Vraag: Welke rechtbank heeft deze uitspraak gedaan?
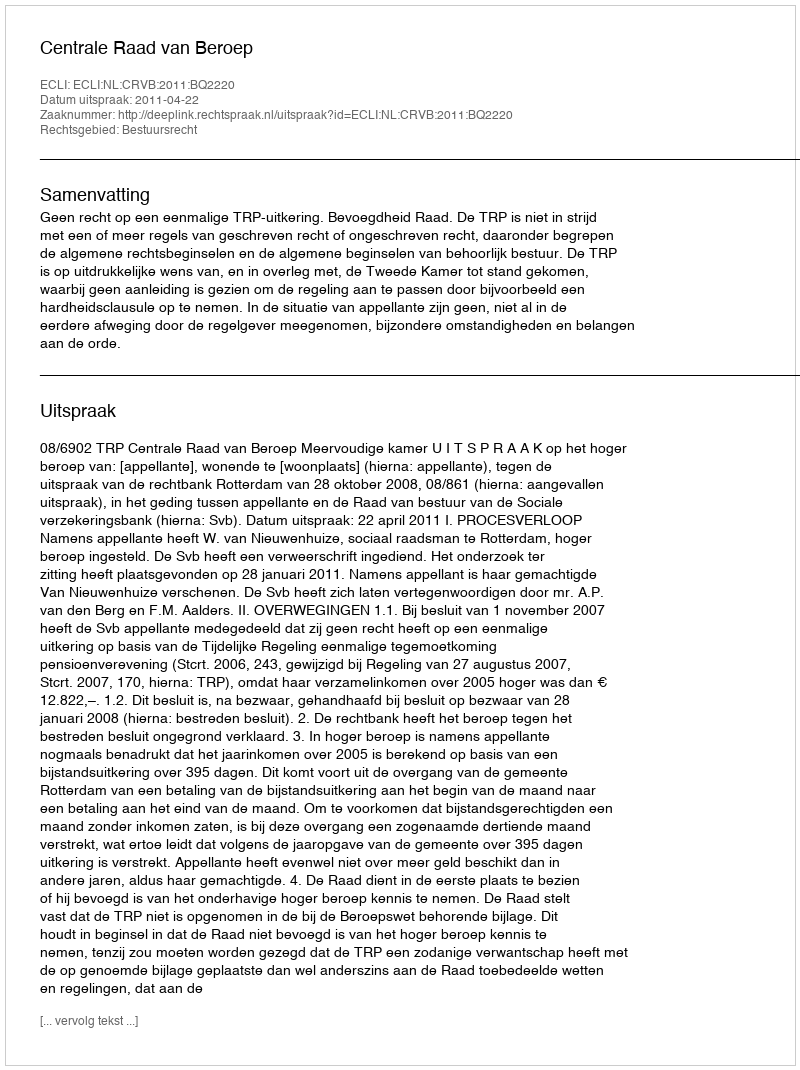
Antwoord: Centrale Raad van Beroep